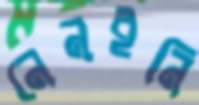
নেনইনি